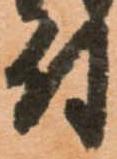
付